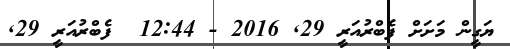
ޔަގީން މަށަށް ފެބްރުއަރީ 29